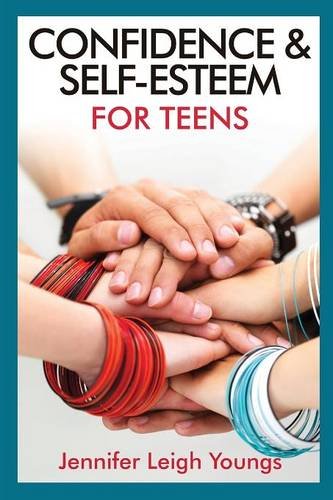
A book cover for Confidence & Self-Esteem for Teens; Jennifer Leigh Youngs; Teen & Young Adult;